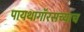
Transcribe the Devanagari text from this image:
पायथागॉरसच्याच